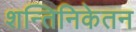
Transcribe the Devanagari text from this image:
शन्तिनिकेतन